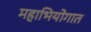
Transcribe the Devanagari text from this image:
महाभियोगात